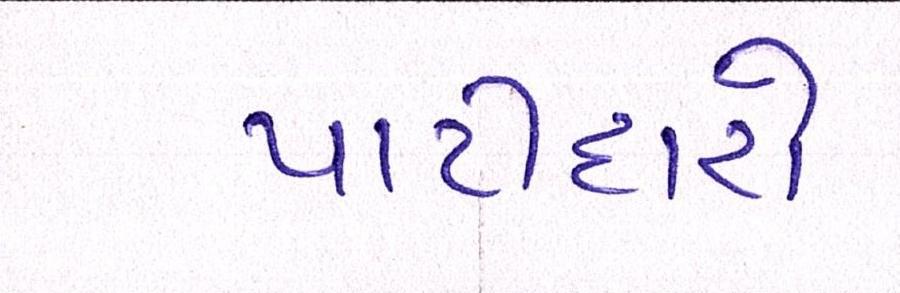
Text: પાટીદારો